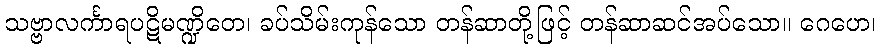
သဗ္ဗာလင်္ကာရပဋိမဏ္ဍိတေ၊ ခပ်သိမ်းကုန်သော တန်ဆာတို့ဖြင့် တန်ဆာဆင်အပ်သော။ ဂေဟေ၊